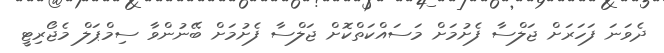
ދެވަނަ ފަހަރަށް ޖަލްސާ ފެށުމަށް މަސައްކަތްކޮށް ޖަލްސާ ފެށުމަށް ބޭނުންވާ ސިމްޕަލް މެޖޯރިޓީ